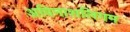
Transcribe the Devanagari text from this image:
अविनाशलिंगम